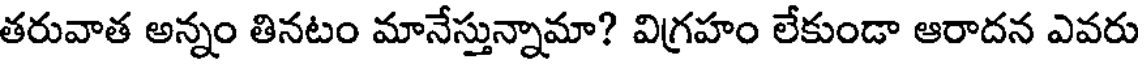
తరువాత అన్నం తినటం మానేస్తున్నామా? విగ్రహం లేకుండా ఆరాదన ఎవరు